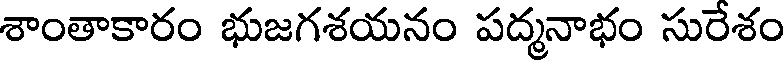
శాంతాకారం భుజగశయనం పద్మనాభం సురేశం